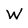
Character: W